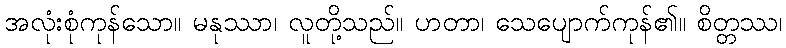
အလုံးစုံကုန်သော။ မနုဿာ၊ လူတို့သည်။ ဟတာ၊ သေပျောက်ကုန်၏။ စိတ္တဿ၊